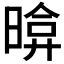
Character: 𣉂